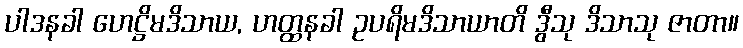
ပါဒနခါ ဟေဋ္ဌိမဒိသာယ, ဟတ္ထနခါ ဥပရိမဒိသာယာတိ ဒွီသု ဒိသာသု ဇာတာ။